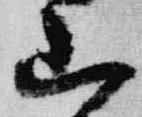
山